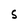
Character: 5